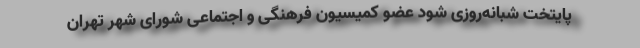
پایتخت شبانه‌روزی شود عضو کمیسیون فرهنگی و اجتماعی شورای شهر تهران